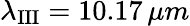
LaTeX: \lambda_{\mathrm{III}}=10.17\, \mu m